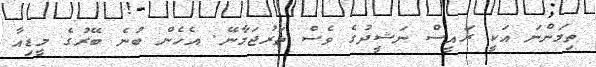
ތިމަންނަ އަކީ ރައީސް ނަޝީދުގެ ވެސް ތަރުޖަމާނޭ. އެހެން ބުނެ ބޭރުގެ މީޑިއާ